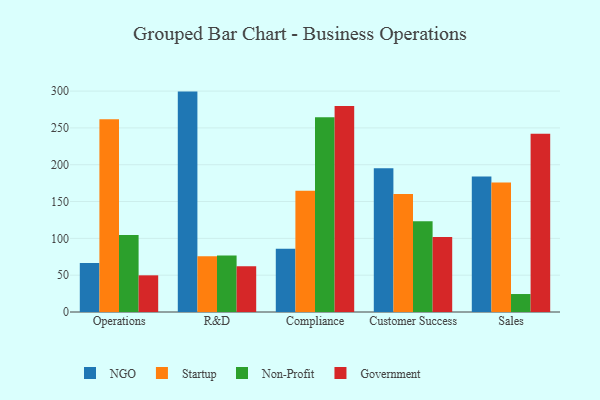
{"axis": {"x": "Department", "y": "Energy Usage (MWh)"}, "legend": ["Government", "NGO", "Non-Profit", "Startup"], "data": [{"x": "Operations", "y": 66.4, "type": "NGO"}, {"x": "Operations", "y": 261.7, "type": "Startup"}, {"x": "Operations", "y": 104.5, "type": "Non-Profit"}, {"x": "Operations", "y": 49.8, "type": "Government"}, {"x": "R&D", "y": 299.3, "type": "NGO"}, {"x": "R&D", "y": 75.6, "type": "Startup"}, {"x": "R&D", "y": 76.8, "type": "Non-Profit"}, {"x": "R&D", "y": 62.0, "type": "Government"}, {"x": "Compliance", "y": 85.8, "type": "NGO"}, {"x": "Compliance", "y": 164.6, "type": "Startup"}, {"x": "Compliance", "y": 264.4, "type": "Non-Profit"}, {"x": "Compliance", "y": 279.9, "type": "Government"}, {"x": "Customer Success", "y": 195.3, "type": "NGO"}, {"x": "Customer Success", "y": 160.3, "type": "Startup"}, {"x": "Customer Success", "y": 123.1, "type": "Non-Profit"}, {"x": "Customer Success", "y": 101.9, "type": "Government"}, {"x": "Sales", "y": 184.0, "type": "NGO"}, {"x": "Sales", "y": 175.8, "type": "Startup"}, {"x": "Sales", "y": 24.4, "type": "Non-Profit"}, {"x": "Sales", "y": 242.2, "type": "Government"}]}